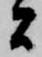
間